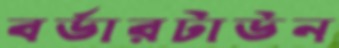
বর্ডারটাউন